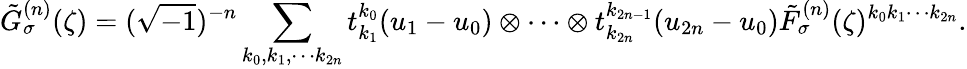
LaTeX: \tilde{G}_{\sigma}^{(n)}(\zeta)=(\sqrt{-1})^{-n}\sum_{k_{0},k_{1},\cdots k_{2n}}t_{k_{1}}^{k_{0}}(u_{1}-u_{0})\otimes\cdots\otimes t_{k_{2n}}^{k_{2n-1}}(u_{2n}-u_{0})\tilde{F}_{\sigma}^{(n)}(\zeta)^{k_{0}k_{1}\cdots k_{2n}}.